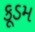
કૂડમ